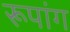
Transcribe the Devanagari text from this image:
रूपांग